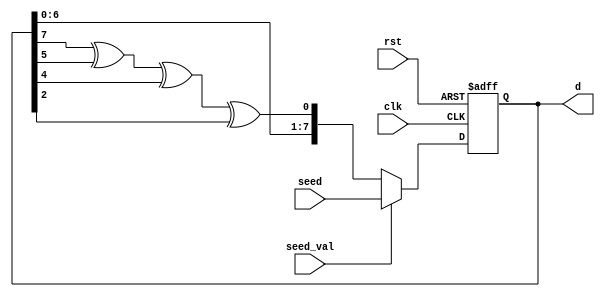
module LFSR(
	input clk,
	input rst,
	input seed_val,
	input [7:0] seed,//if rst=1, d=8'd0
	output reg [7:0] d// d[0] = (d[7]^d[5]) ^ (d[4] ^ d[2])
);
	reg [7:0] d_reg;
	wire [7:0] d_LFSR;

	assign d_LFSR = {d_reg[6:0], d_reg[7]^d_reg[5]^d_reg[4]^d_reg[2]};

	always @(posedge clk or posedge rst)
	begin
		if(rst)
			d_reg <= 8'd0;
		else
		begin
			if (seed_val)
				d_reg <= seed;
			else
				d_reg <= d_LFSR;
		end
	end

	always @(*)
	begin
		d = d_reg;
	end
endmodule